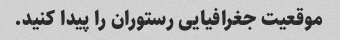
موقعیت جغرافیایی رستوران را پیدا کنید.